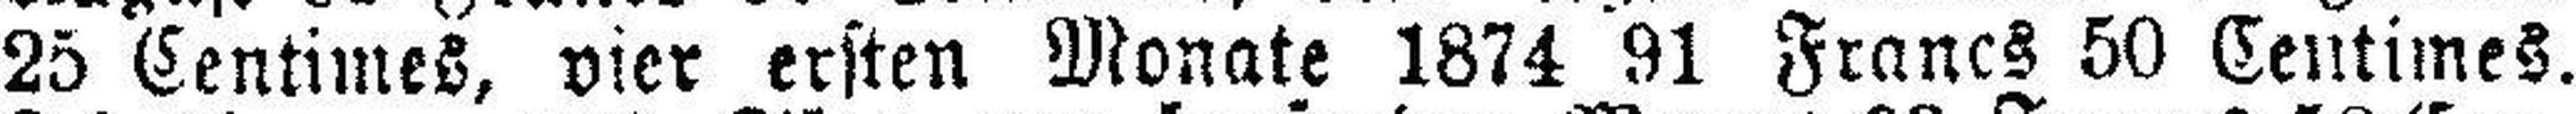
25 Centimes, vier ersten Monate 1874 91 Francs 50 Centimes.